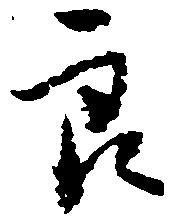
良